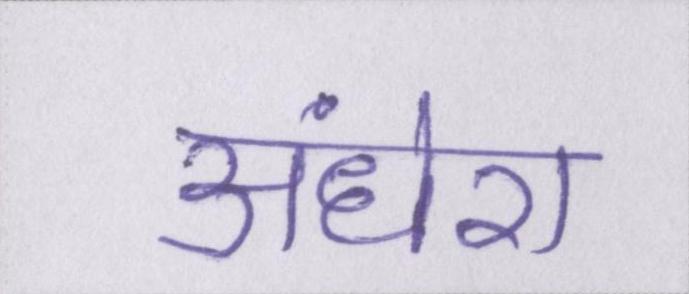
अंधेरा